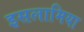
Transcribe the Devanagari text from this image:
इसलामिया